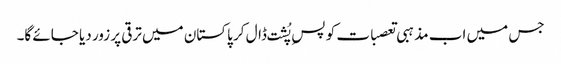
جس میں اب مذہبی تعصبات کو پسِ پُشت ڈال کر پاکستان میں ترقی پر زور دیا جائے گا۔